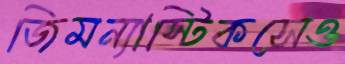
জিমন্যাস্টিকসেও